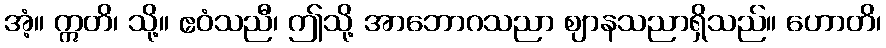
အံ့။ ဣတိ၊ သို့။ ဧဝံသညီ၊ ဤသို့ အာဘောဂသညာ ဈာနသညာရှိသည်။ ဟောတိ၊